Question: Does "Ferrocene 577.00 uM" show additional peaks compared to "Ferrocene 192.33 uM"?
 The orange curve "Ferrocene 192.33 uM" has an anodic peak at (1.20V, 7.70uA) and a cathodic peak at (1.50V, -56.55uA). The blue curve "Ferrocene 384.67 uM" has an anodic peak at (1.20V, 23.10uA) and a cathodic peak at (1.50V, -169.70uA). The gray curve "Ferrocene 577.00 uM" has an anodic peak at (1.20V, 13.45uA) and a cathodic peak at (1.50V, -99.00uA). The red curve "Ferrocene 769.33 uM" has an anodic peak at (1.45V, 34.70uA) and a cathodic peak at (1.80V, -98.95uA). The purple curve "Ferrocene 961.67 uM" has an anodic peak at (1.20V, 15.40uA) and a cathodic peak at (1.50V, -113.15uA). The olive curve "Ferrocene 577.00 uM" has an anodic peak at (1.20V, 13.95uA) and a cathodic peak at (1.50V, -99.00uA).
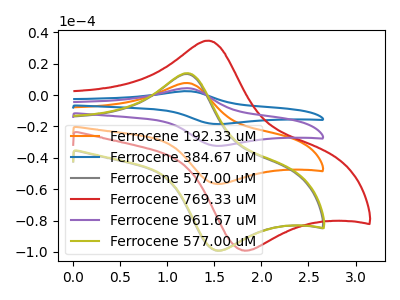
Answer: <think>All the peaks in "Ferrocene 577.00 uM" have a peak in "Ferrocene 192.33 uM" at the same potential. Every peak in "Ferrocene 577.00 uM" is higher than every peak in "Ferrocene 192.33 uM".
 </think>
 <answer>No, "Ferrocene 577.00 uM" and "Ferrocene 192.33 uM" don't appear to be significantly different in shape</answer>
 <eval>no_change</eval>